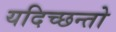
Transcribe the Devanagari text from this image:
यदिच्छन्तो